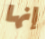
إنها